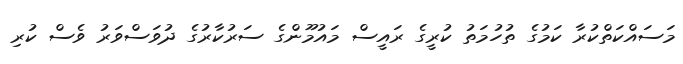
މަސައްކަތްކުރާ ކަމުގެ ތުހުމަތު ކުރީގެ ރައީސް މައުމޫންގެ ސަރުކާރުގެ ދުވަސްވަރު ވެސް ކުރި